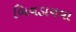
બિવડાવવા